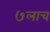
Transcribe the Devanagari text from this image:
७लाच